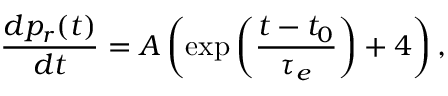
\frac { d p _ { r } ( t ) } { d t } = A \left( \exp \left( \frac { t - t _ { 0 } } { \tau _ { e } } \right) + 4 \right) ,